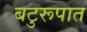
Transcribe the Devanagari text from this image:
बटुरूपात